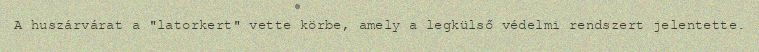
A huszárvárat a "latorkert" vette körbe, amely a legkülső védelmi rendszert jelentette.